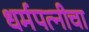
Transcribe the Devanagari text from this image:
धर्मपत्‍नीचा